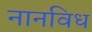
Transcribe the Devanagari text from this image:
नानविध